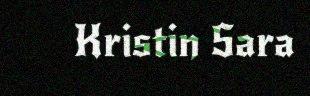
Kristin Sara